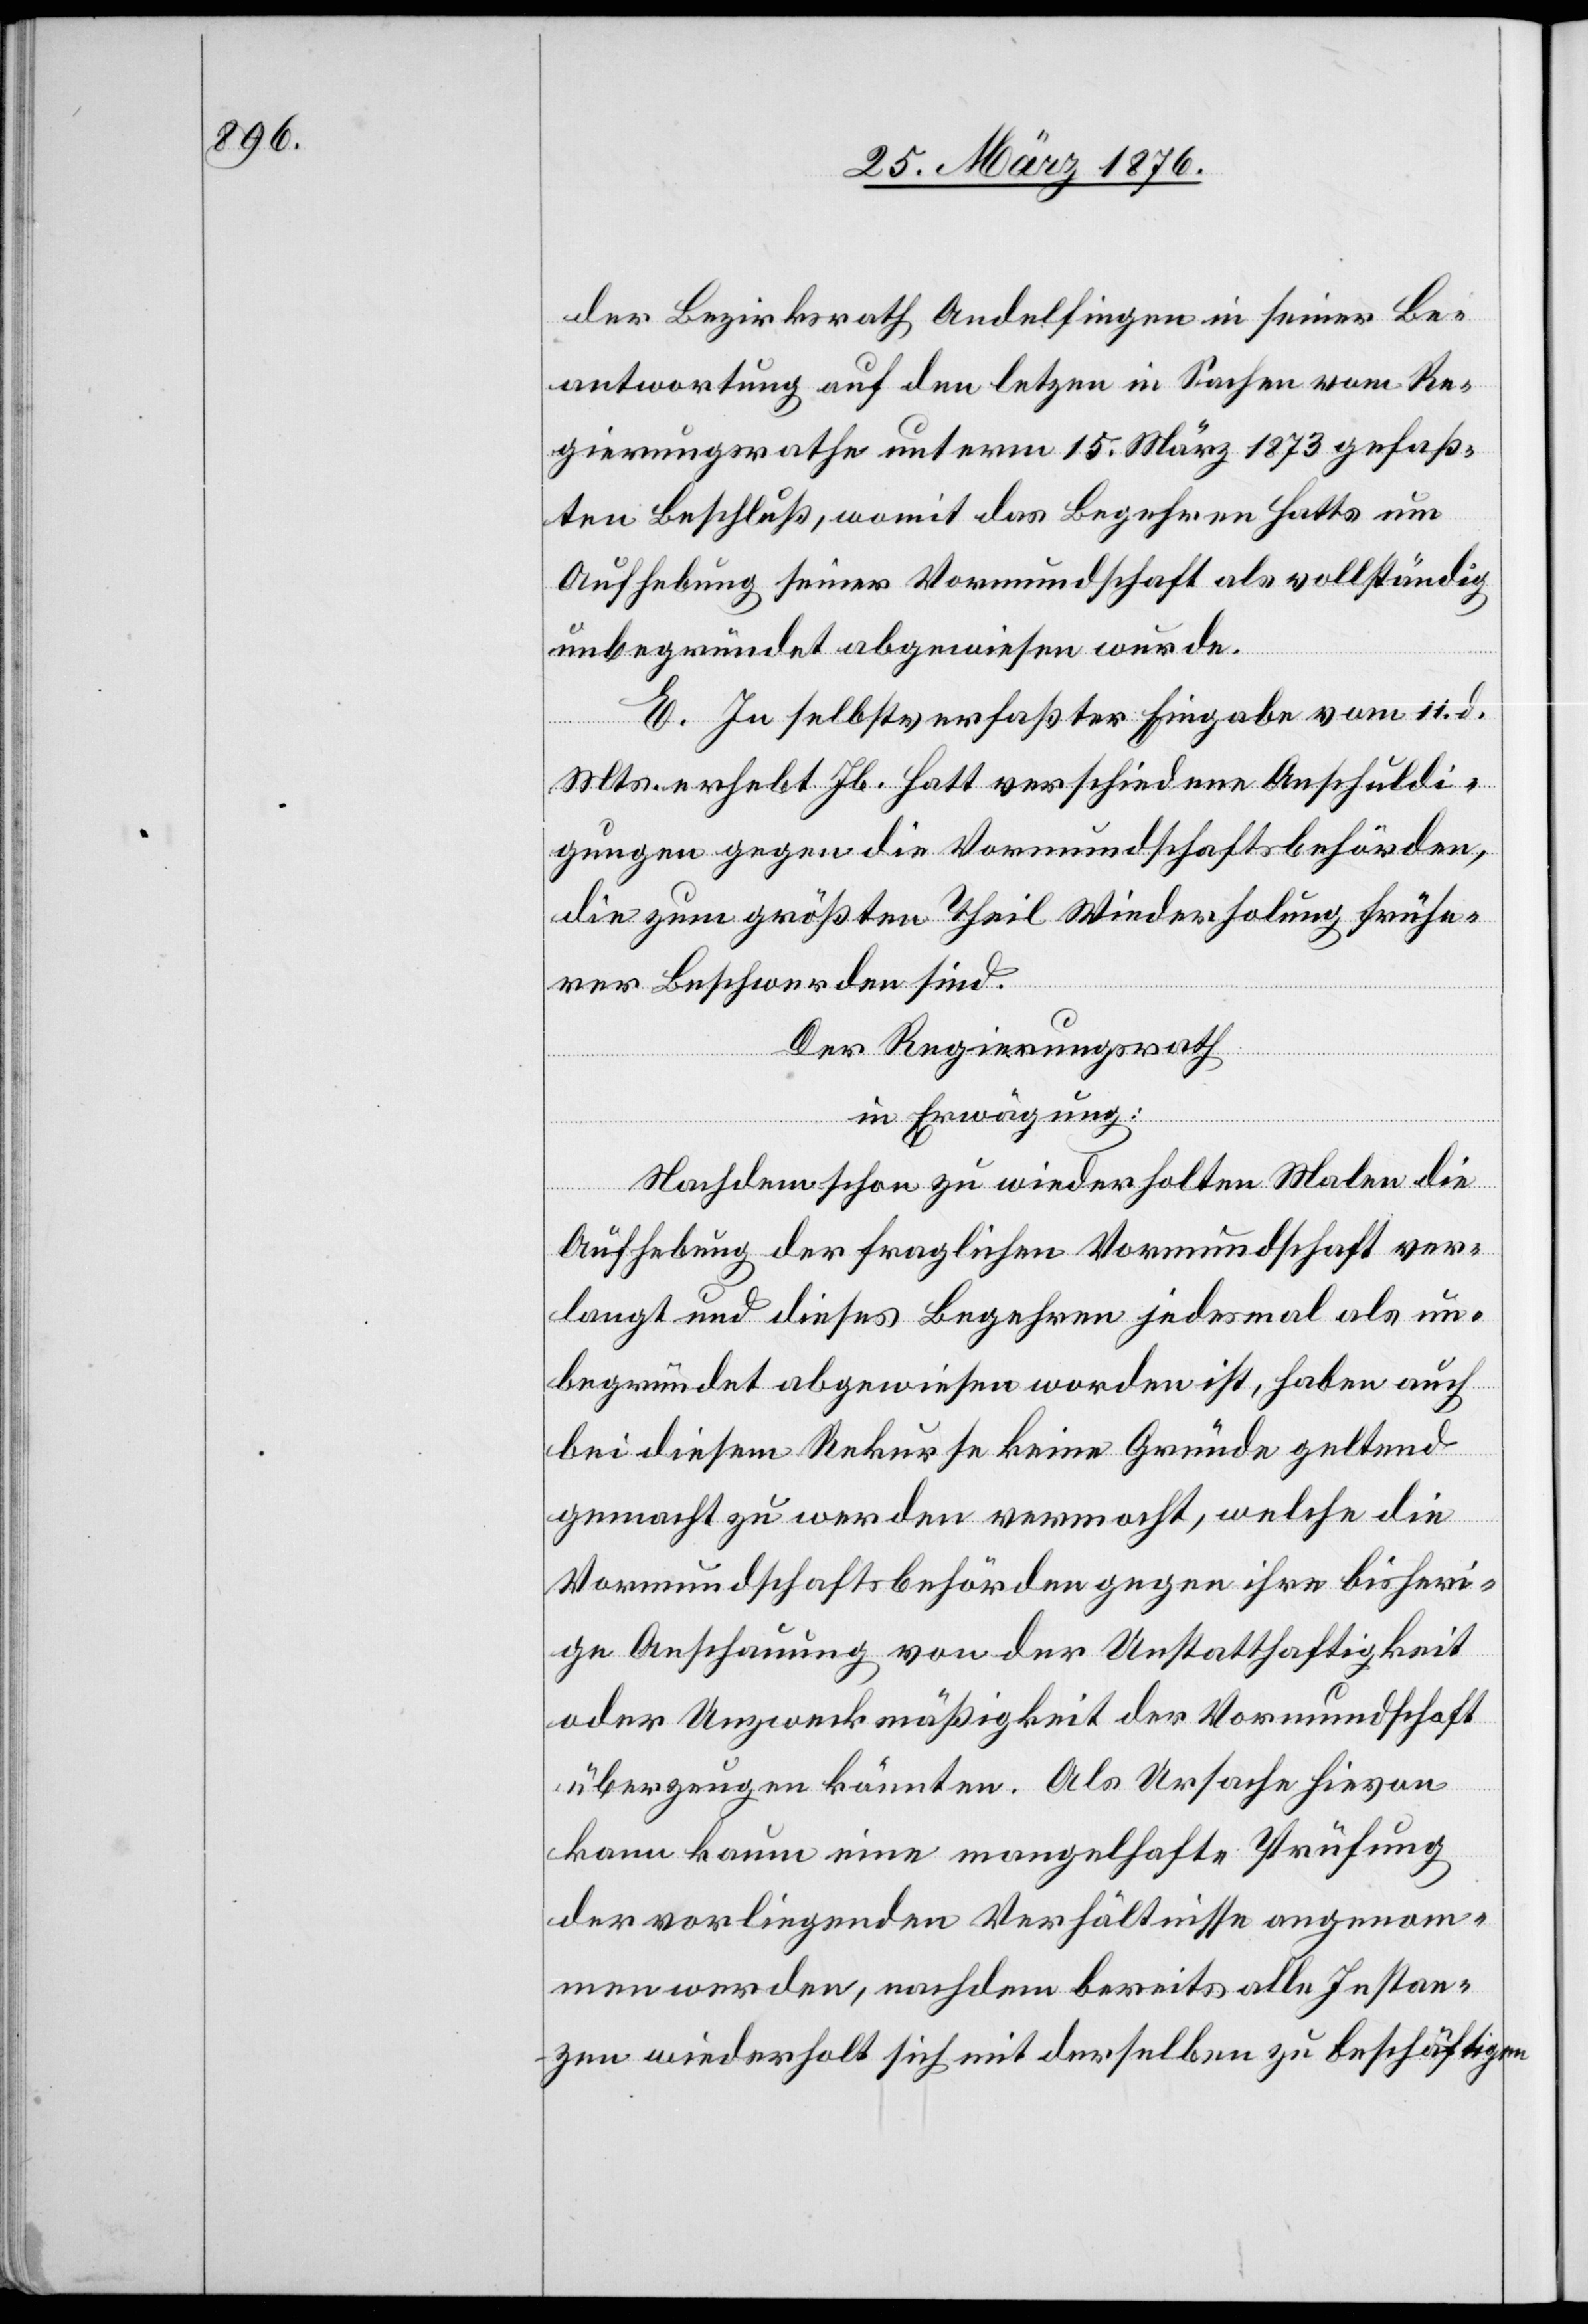
der Bezirksrath Andelfingen in seiner Be¬
antwortung auf den letzen [sic!] in Sachen vom Re¬
gierungsrathe unterm 15. März 1873 gefaß¬
ten Beschluß, womit das Begehren Hatts um
Aufhebung seiner Vormundschaft als vollständig
unbegründet abgewiesen wurde.
E. In selbstverfaßter Eingabe vom 11. d.
Mts. erhebt Jb. Hatt verschiedene Anschuldi¬
gungen gegen die Vormundschaftsbehörden,
die zum größten Theil Wiederholung frühe¬
rer Beschwerden sind.
Der Regierungsrath
in Erwägung:
Nachdem schon zu wiederholten Malen die
Aufhebung der fraglichen Vormundschaft ver¬
langt und dieses Begehren jedesmal als un¬
begründet abgewiesen worden ist, haben auch
bei diesem Rekurse keine Gründe geltend
gemacht zu werden vermocht, welche die
Vormundschaftsbehörden gegen ihre bisheri¬
ge Ansuchung von der Unstatthaftigkeit
oder Unzweckmäßigkeit der Vormundschaft
überzeugen könnten. Als Ursache hievon
kann kaum eine mangelhafte Prüfung
der vorliegenden Verhältnisse angenom¬
men werden, nachdem bereits alle Instan¬
zen wiederholt sich mit derselben zu beschäftigen